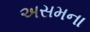
અસમના